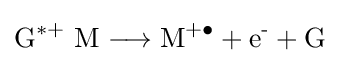
{\mathrm {G} {\vphantom {A}}^{\ast +}~\mathrm {M} {}\mathrel {\longrightarrow } {}\mathrm {M} {\vphantom {A}}^{+\bullet }{}+{}{\mathrm {e^{\text{-}}} }{}+{}\mathrm {G} }